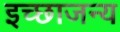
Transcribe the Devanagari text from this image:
इच्छाजन्य